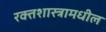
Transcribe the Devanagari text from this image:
रक्तशास्त्रामधील